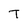
Character: T